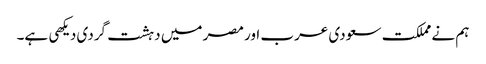
ہم نے مملکت سعودی عرب اور مصر میں دہشت گردی دیکهی ہے۔